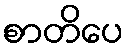
စာတိပေ